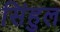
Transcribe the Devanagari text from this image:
सिंहुल